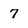
Character: 7